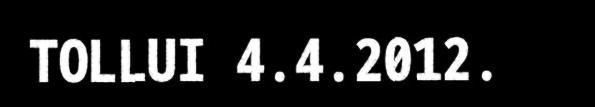
TOLLUI 4.4.2012.